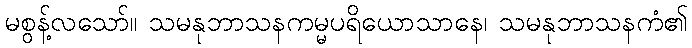
မစွန့်လသော်။ သမနုဘာသနကမ္မပရိယောသာနေ၊ သမနုဘာသနကံ၏